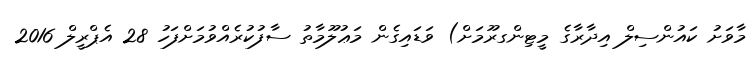
މާވަށު ކައުންސިލް އިދާރާގެ މީޓިންގރޫމަށް) ވަޑައިގެން މަޢުލޫމާތު ސާފުކުރެއްވުމަށްފަހު 28 އެޕްރީލް 2016